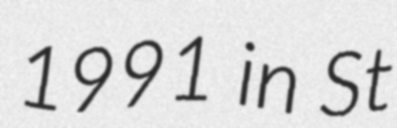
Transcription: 1991 in St